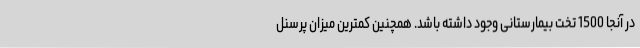
در آنجا 1500 تخت بیمارستانی وجود داشته باشد. همچنین کمترین میزان پرسنل